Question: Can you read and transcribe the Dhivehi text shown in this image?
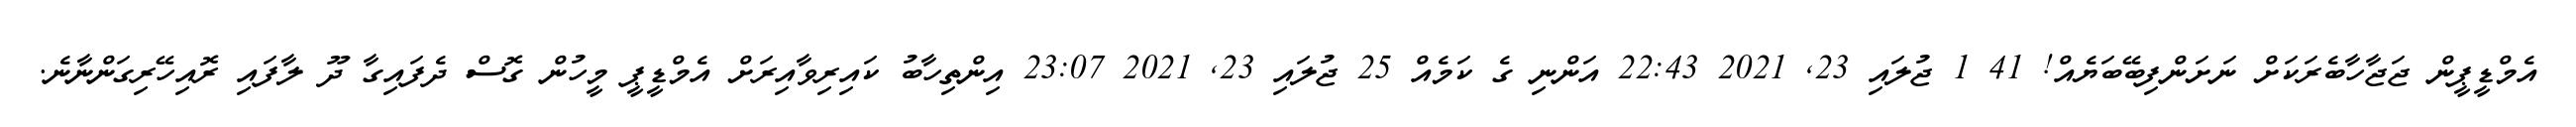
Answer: އެމްޑީޕީން ޖަޖާހާބެރަކަށް ނަށަންފިބޭބަޔެއް! 41 1 ޖުލައި 23, 2021 22:43 އަންނި ގެ ކަމެއް 25 ޖުލައި 23, 2021 23:07 އިންތިހާބު ކައިރިވާއިރަށް އެމްޑީޕީ މީހުން ގޮސް ދެފައިގާ ދޫ ލާފައި ރޮއިހޭރިގަންނާނެ.